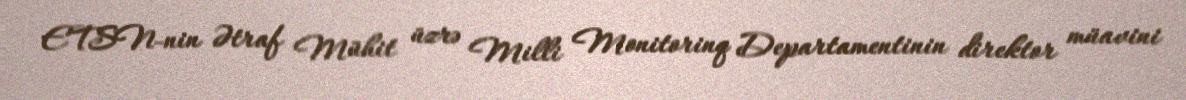
ETSN-nin Ətraf Mühit üzrə Milli Monitorinq Departamentinin direktor müavini